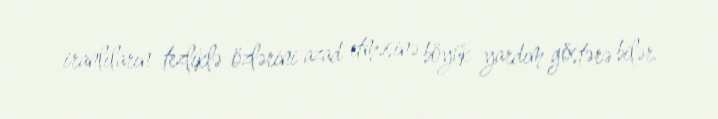
iranlıların tezliklə özlərini azad etməsinə böyük yardım göstərə bilər.